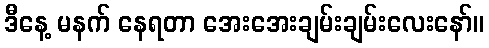
ဒီနေ့ မနက် နေရတာ အေးအေးချမ်းချမ်းလေးနော်။